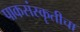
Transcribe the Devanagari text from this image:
पाकसंस्कॄतीचा